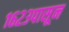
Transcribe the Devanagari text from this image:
१६२३पासून